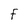
Character: f